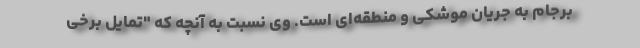
برجام به جریان موشکی و منطقه‌ای است. وی نسبت به آنچه که "تمایل برخی